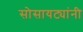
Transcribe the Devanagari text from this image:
सोसायट्यांनी